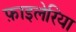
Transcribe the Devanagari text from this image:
फ़ाइलेरिया